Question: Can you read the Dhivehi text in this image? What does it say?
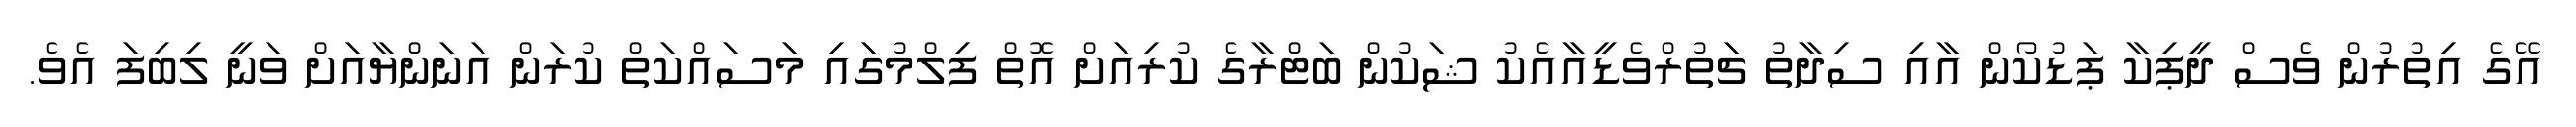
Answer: އޭގެ އިތުރުން ވެސް ދީޕިކާ ޕަޑުކޯން އާއި ސިދާތު ޗަތުރްވެޑީއާއެކު ޝަކުން ބަޓްރާގެ ކުރިއަށް އޮތް ފިލްމުގައި މަސައްކަތް ކުރަން އަނަންޔާއަށް ވަނީ ލިބިފަ އެވެ.